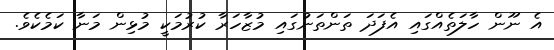
އެ ނޫން ހާލަތެއްގައި އެފަދަ ތަންތަނުގައި މުޒާހަރާ ކުރުމަކީ މުޅިން މަނާ ކަމެކެވެ.